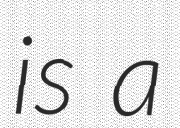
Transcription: is a